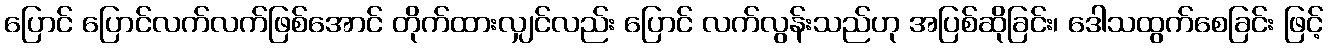
ပြောင် ပြောင်လက်လက်ဖြစ်အောင် တိုက်ထားလျှင်လည်း ပြောင် လက်လွန်းသည်ဟု အပြစ်ဆိုခြင်း၊ ဒေါသထွက်စေခြင်း ဖြင့်